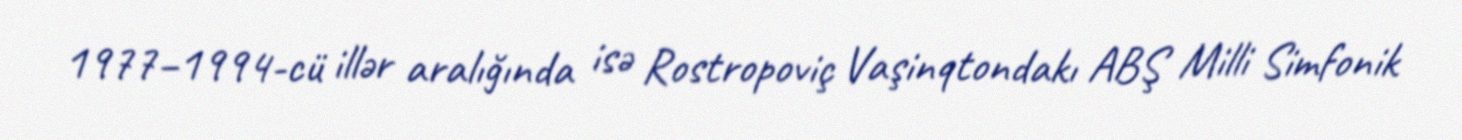
1977–1994-cü illər aralığında isə Rostropoviç Vaşinqtondakı ABŞ Milli Simfonik